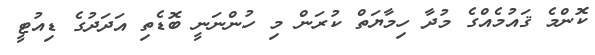
ކޮންމެ ޤައުމެއްގެ މުދާ ހިމާޔަތް ކުރަން މި ހުންނަނީ ބޮޑެތި އަދަދުގެ ޑިއުޓީ